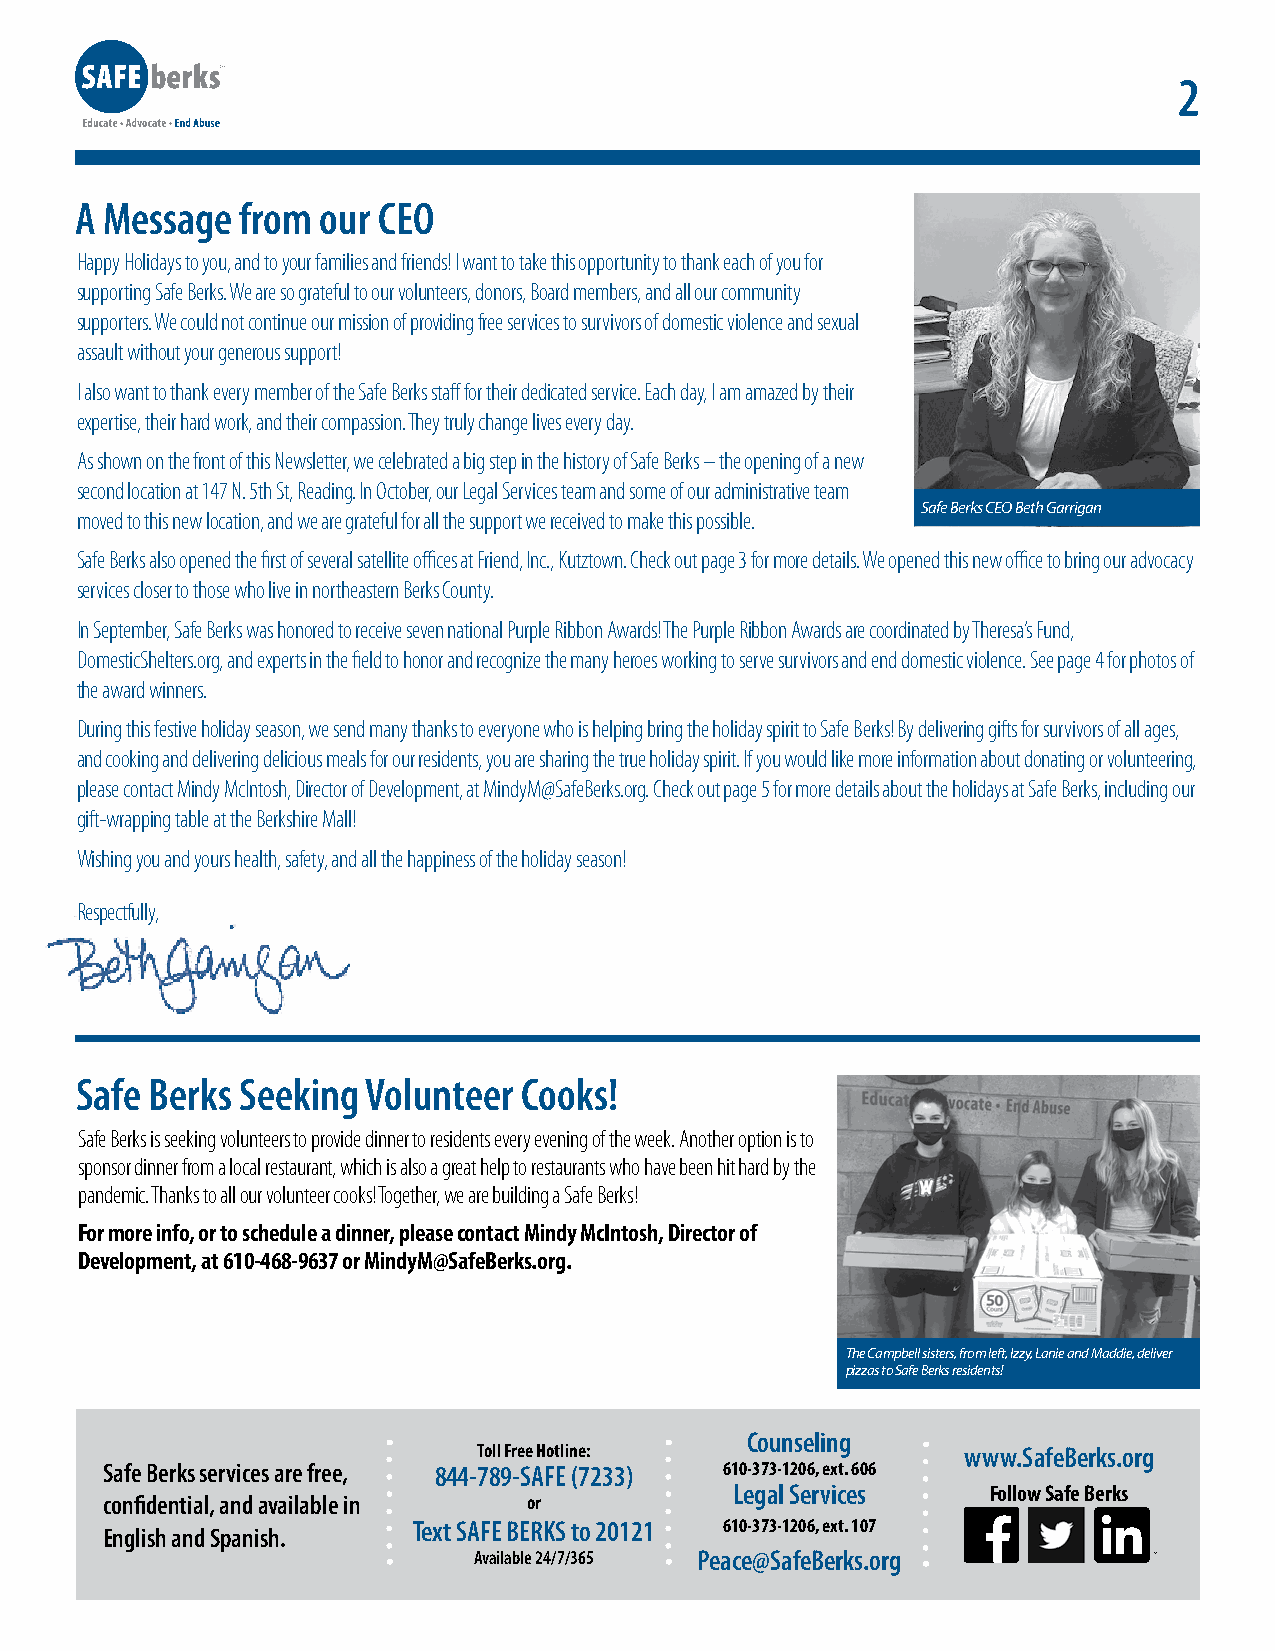
2
 A Message  from our CEO
 Happy Holidays to you, and to your families and friends! I want to take this opportunity to thank each of you for
 supporting Safe Berks. We are so grateful to our volunteers, donors, Board members, and all our community
 supporters. We could not continue our mission of providing free services to survivors of domestic violence and sexual
 assault without your generous support!
 I also want to thank every member of the Safe Berks staff for their dedicated service. Each day, I am amazed by their
 expertise, their hard work, and their compassion. They truly change lives every day.
 As shown on the front of this Newsletter, we celebrated a big step in the history of Safe Berks – the opening of a new
 second location at 147 N. 5th St, Reading. In October, our Legal Services team and some of our administrative team
 Safe Berks CEO Beth Garrigan
 moved to this new location, and we are grateful for all the support we received to make this possible.
 Safe Berks also opened the first of several satellite offices at Friend, Inc., Kutztown. Check out page 3 for more details. We opened this new office to bring our advocacy
 services closer to those who live in northeastern Berks County.
 In September, Safe Berks was honored to receive seven national Purple Ribbon Awards! The Purple Ribbon Awards are coordinated by Theresa’s Fund,
 DomesticShelters.org, and experts in the field to honor and recognize the many heroes working to serve survivors and end domestic violence. See page 4 for photos of
 the award winners.
 During this festive holiday season, we send many thanks to everyone who is helping bring the holiday spirit to Safe Berks! By delivering gifts for survivors of all ages,
 and cooking and delivering delicious meals for our residents, you are sharing the true holiday spirit. If you would like more information about donating or volunteering,
 please contact Mindy McIntosh, Director of Development, at MindyM@SafeBerks.org. Check out page 5 for more details about the holidays at Safe Berks, including our
 gift-wrapping table at the Berkshire Mall!
 Wishing you and yours health, safety, and all the happiness of the holiday season!
 Respectfully,
 Safe Berks Seeking Volunteer  Cooks!
 Safe Berks is seeking volunteers to provide dinner to residents every evening of the week. Another option is to
 sponsor dinner from a local restaurant, which is also a great help to restaurants who have been hit hard by the
 pandemic. Thanks to all our volunteer cooks! Together, we are building a Safe Berks!
 For more info, or to schedule a dinner, please contact Mindy McIntosh, Director of
 Development, at 610-468-9637 or MindyM@SafeBerks.org.
 The Campbell sisters, from left, Izzy, Lanie and Maddie, deliver
 pizzas to Safe Berks residents!
 Counseling
 Toll Free Hotline:              www.SafeBerks.org
 Safe Berks services are free, 844-789-SAFE (7233) 610-373-1206, ext. 606
 Legal Services   Follow Safe Berks
 confidential, and available in or
 Text SAFE BERKS to 20121 610-373-1206, ext. 107
 English and Spanish.
 Available 24/7/365 Peace@SafeBerks.org